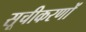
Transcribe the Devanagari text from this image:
सूचीकरणों